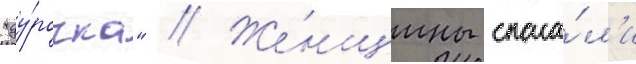
"ду́рочка" // Же́нщины спаса́л'и